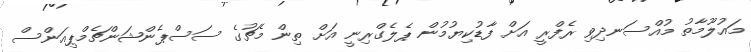
މައުލޫމާތު މުއްސަނދިވި ރެފްރީ އަށް ފާޑުކިޔުމުން ޕެލެގްރިނީ އަށް ތިން މެޗުގެ ސަސްޕެންޝަންޗެމްޕިއަންސް